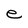
Character: e